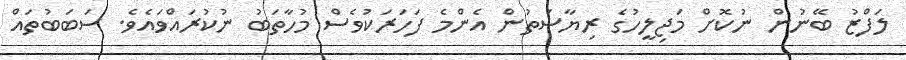
ލަފްޒު ބޭނުން ނުކޮށް މަޖިލީހުގެ ރިޔާސަތުން އެންމެ ފަހަރަކުވެސް މުހާތަބު ނުކުރައްވައެވެ. ސަބަބުތައް